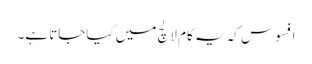
افسوس کہ یہ کام لالچ میں کیاجاتا ہے۔